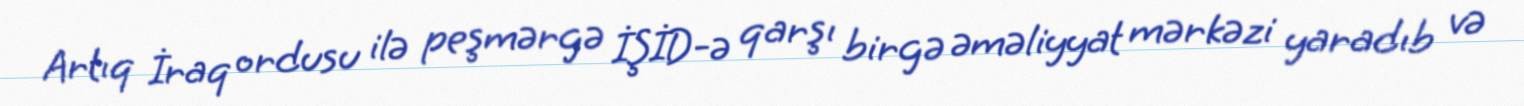
Artıq İraq ordusu ilə peşmərgə İŞİD-ə qarşı birgə əməliyyat mərkəzi yaradıb və